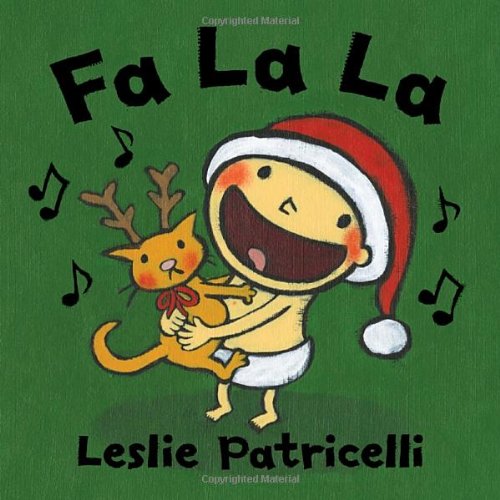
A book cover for Fa La La (Leslie Patricelli board books); Leslie Patricelli; Children's Books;